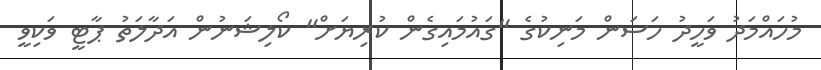
މުހައްމަދު ވަހީދު ހަސަން މަނިކުގެ "ގައުމައިގެން ކުރިޔަށް" ކޯލިޝަނުން އަދާލަތު ޕާޓީ ވަކިވީ